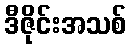
ဒီဇိုင်းအသစ်